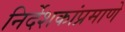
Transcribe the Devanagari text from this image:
निर्देशकांप्रमाणे